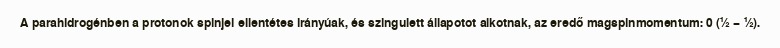
A parahidrogénben a protonok spinjei ellentétes irányúak, és szingulett állapotot alkotnak, az eredő magspinmomentum: 0 (½ − ½).